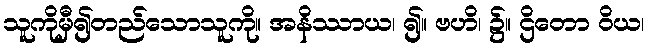
သူကိုမှီ၍တည်သောသူကို။ အနိဿာယ၊ ၍။ ဗဟိ၊ ၌။ ဌိတော ဝိယ၊